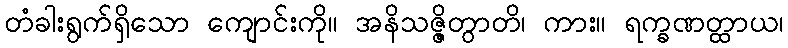
တံခါးရွက်ရှိသော ကျောင်းကို။ အနိသဇ္ဇိတွာတိ၊ ကား။ ရက္ခဏတ္ထာယ၊